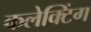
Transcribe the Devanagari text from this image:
कलेक्टिंग